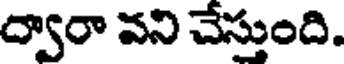
ద్వారా వని చేస్తుంది.